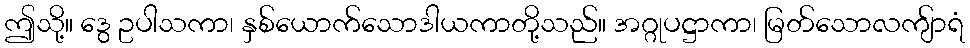
ဤသို့။ ဒွေ ဥပါသကာ၊ နှစ်ယောက်သောဒါယကာတို့သည်။ အဂ္ဂုပဋ္ဌာကာ၊ မြတ်သောလကျ်ာရံ